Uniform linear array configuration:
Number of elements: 4
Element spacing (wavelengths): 1
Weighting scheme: uniform
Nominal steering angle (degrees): -45
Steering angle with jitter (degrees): -44.628
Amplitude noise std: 0.05
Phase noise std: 0.05

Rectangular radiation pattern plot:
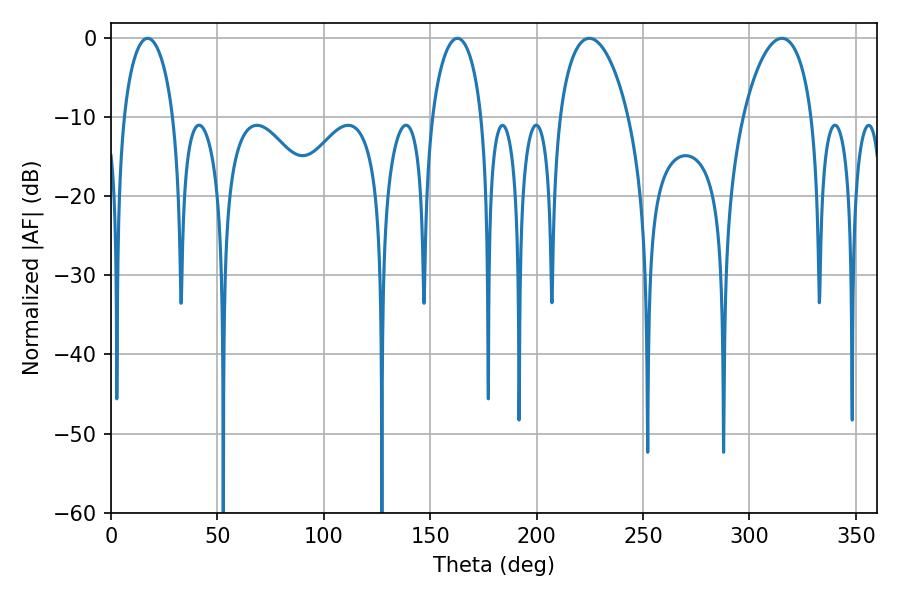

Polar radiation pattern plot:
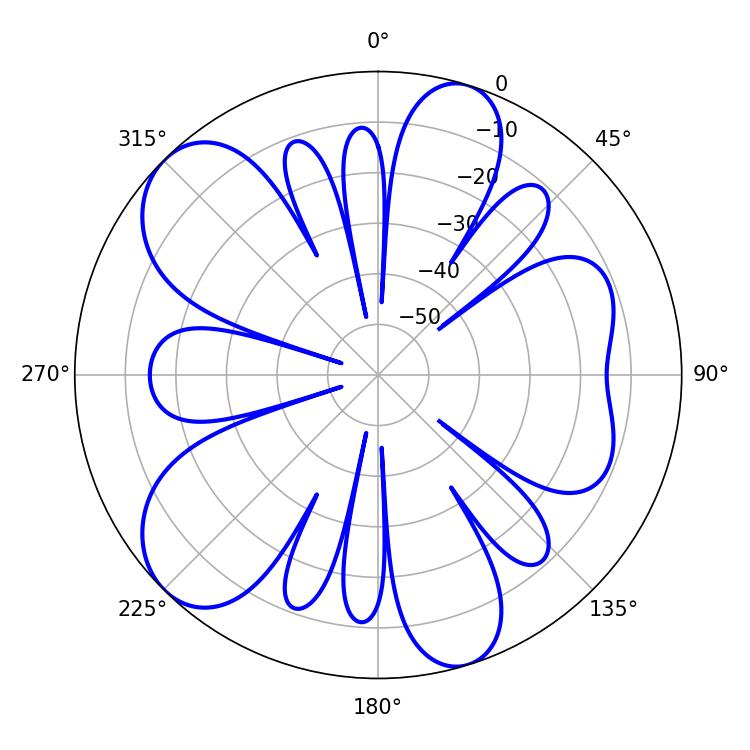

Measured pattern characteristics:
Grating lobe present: TRUE
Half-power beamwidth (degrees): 18.36
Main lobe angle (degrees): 224.82